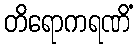
တိရောကရဏိံ